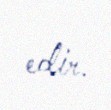
edir.